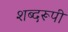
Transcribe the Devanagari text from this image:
शब्दरूपी